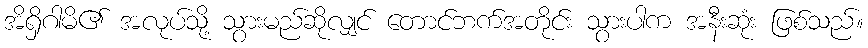
အိရှိဂါမိ၏ အလုပ်သို့ သွားမည်ဆိုလျှင် တောင်ဘက်အတိုင်း သွားပါက အနီးဆုံး ဖြစ်သည်။